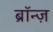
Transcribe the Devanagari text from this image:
ब्रॉन्ज़